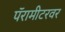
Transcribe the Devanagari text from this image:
पॅरामीटरवर